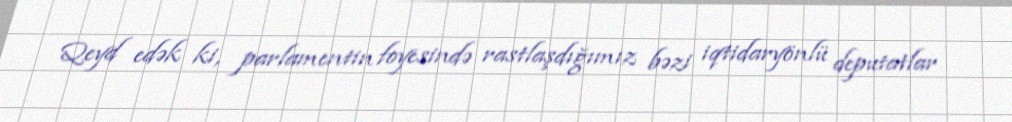
Qeyd edək ki, parlamentin foyesində rastlaşdığımız bəzi iqtidaryönlü deputatlar